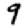
Digit: 9